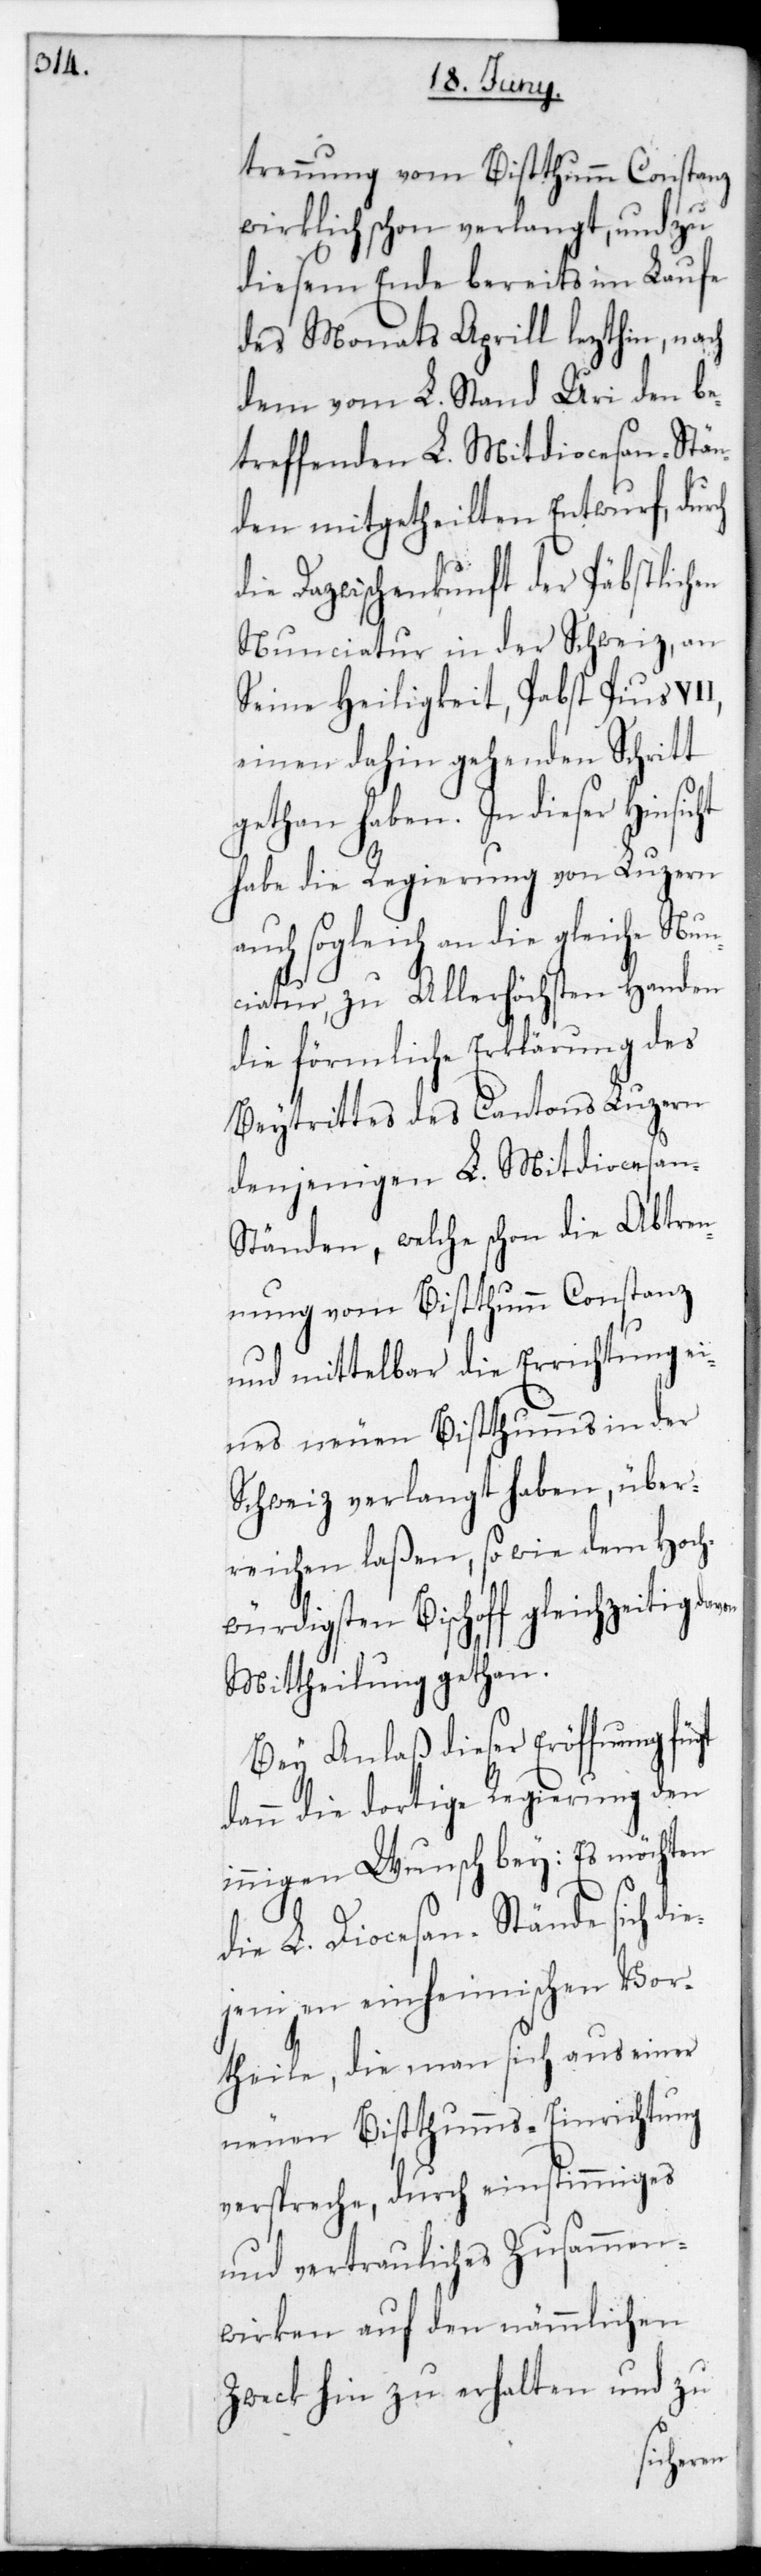
trennung vom Bisthum Constanz
wirklich schon verlangt, und zu
diesem Ende bereits im Laufe
des Monats Aprill letzthin, nach
dem vom L. Stand Uri den be¬
treffenden L. Mitdiöcesan-Stän¬
den mitgetheilten Entwurf, dur¬
die Dazwischenkunft der päpstlichen
Nunciatur in der Schweiz, an
Seine Heiligkeit, Pabst Pius
einen dahin gehenden Schritt
getan haben. In dieser Hin¬
habe die Regierung von Luzern
auch sogleich an die gleiche Nun¬
ciatur zu allerhöchsten Handen
die förmliche Erklärung des
Beytritts des Cantons Luzern
denjenigen L. Mitdiocesan-S¬
tänden, welche schon die Abtren¬
nung vom Bisthum Constanz
und mittelbar die Errichtung ei¬
nes neuen Bisthums in der
Schweiz verlangt haben, über¬
reichen laßen, sowie dem hoch¬
würdigsten Bischof gleichzeitig
Mittheilung getan.
Bey Anlaß dieser Eröffnung
dann die dortige Regierung den
innigen Wunsch bey: Es möchten
die L. Diöcesan-Stände sich di¬
ejenigen einheimischen Vor¬
theile, die man sich aus einer
neuen Bisthums-Einrichtung
verspreche, durch einstimmiges
und vertrauliches Zusammen¬
wirken auf den nämmlichen
Zweck hin zu erhalten und zu
sicht